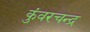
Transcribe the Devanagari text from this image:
कुंवरचन्द्र